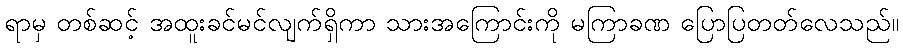
ရာမှ တစ်ဆင့် အထူးခင်မင်လျက်ရှိကာ သားအကြောင်းကို မကြာခဏ ပြောပြတတ်လေသည်။